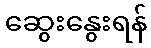
ဆွေးနွေးရန်